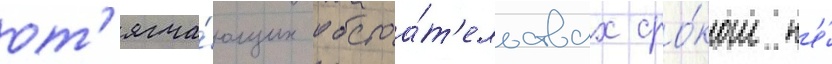
от'ягча́ющих обстоа́т'ельствах сро́ком н'е́